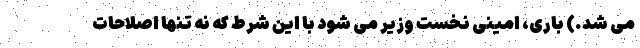
می شد.) باری، امینی نخست وزیر می شود با این شرط که نه تنها اصلاحات